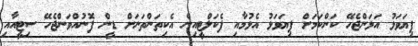
ފިޔަވަޅު އަޅަންޖެހޭ ކަންކަމަށް ފިޔަވަޅު އެޅުމާއި ފެކަލްޓީއިން އެކިތަންތަނަށް ޑީން ފޮނުއްވަންޖެހޭ ސިޓީއާއި